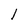
Character: F